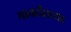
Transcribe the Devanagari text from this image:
मार्कोसच्या